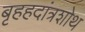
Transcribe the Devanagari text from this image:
बृहहदांत्रशोथ